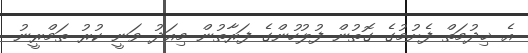
އެ ޚިދުމަތް ފެށުމުގެ ގޮތުން ފުލުހުންގެ ފަރާތުން މިއަދު ވަނީ ކުރު ތަމްރީނު